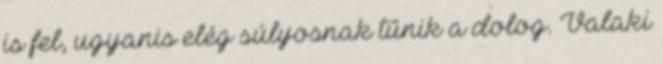
is fel, ugyanis elég súlyosnak tűnik a dolog. Valaki